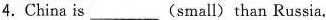
4.China is ___(small) than Russia.